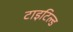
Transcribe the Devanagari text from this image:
टाइटिल्ड